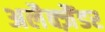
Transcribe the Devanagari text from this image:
अलैक्‍ज़ैंडर